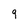
Character: 9